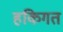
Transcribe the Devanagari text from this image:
हकिगत